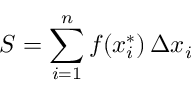
S = \sum _ { i = 1 } ^ { n } f ( x _ { i } ^ { * } ) \, \Delta x _ { i }